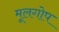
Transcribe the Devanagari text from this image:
मूलगोप